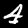
Digit: 4